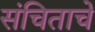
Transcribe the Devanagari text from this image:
संचिताचे